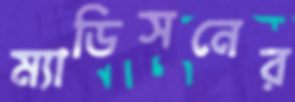
ম্যাডিসনের